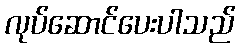
လုပ်ဆောင်ပေးပါသည်